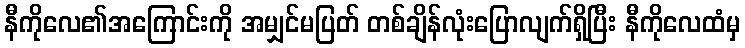
နီကိုလေ၏အကြောင်းကို အမျှင်မပြတ် တစ်ချိန်လုံးပြောလျက်ရှိပြီး နီကိုလေထံမှ